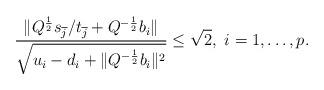
LaTeX: \begin{align*}\frac{\|Q^{\frac{1}{2}}s_{\overline{j}}/t_{\overline{j}}+Q^{-\frac{1}{2}}b_{i}\|}{\sqrt{u_{i}-d_{i}+\|Q^{-\frac{1}{2}}b_{i}\|^2}}\le \sqrt{2},~i=1,\ldots,p.\end{align*}